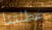
عطلتنا